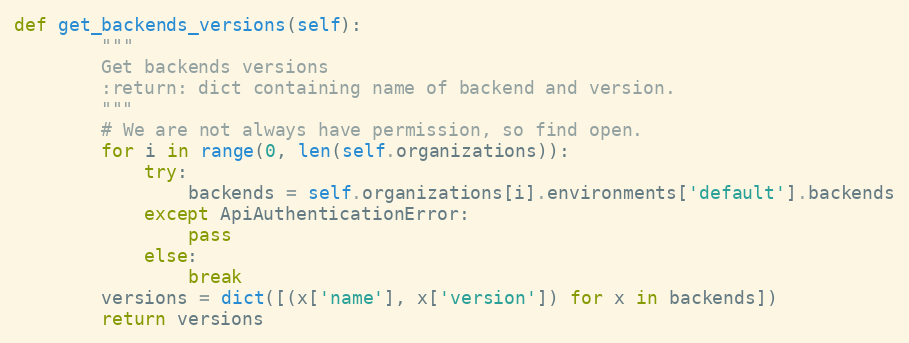
Language: Python
def get_backends_versions(self):
        """
        Get backends versions
        :return: dict containing name of backend and version.
        """
        # We are not always have permission, so find open.
        for i in range(0, len(self.organizations)):
            try:
                backends = self.organizations[i].environments['default'].backends
            except ApiAuthenticationError:
                pass
            else:
                break
        versions = dict([(x['name'], x['version']) for x in backends])
        return versions